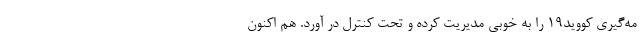
مه‌گیری کووید۱۹ را به خوبی مدیریت کرده و تحت کنترل در آورد. هم اکنون